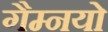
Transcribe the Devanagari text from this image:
गैम्नयो